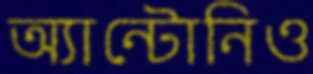
অ্যান্টোনিও